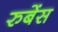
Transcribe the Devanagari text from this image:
रुबेंस